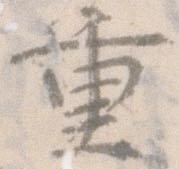
重